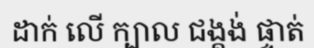
ដាក់ លើ ក្បាល ជង្គង់ ផ្ទាត់